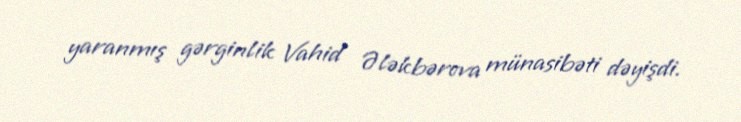
yaranmış gərginlik Vahid Ələkbərova münasibəti dəyişdi.